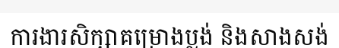
ការងារសិក្សាគម្រោងប្លង់ និងសាងសង់